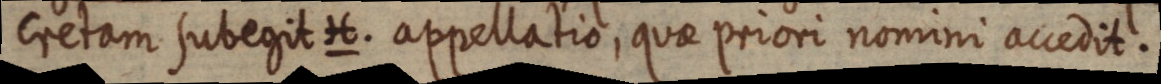
cretam subegit H. appellatio, quae priori nomini accedit.